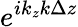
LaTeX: e^{ik_{z}k\Delta z}